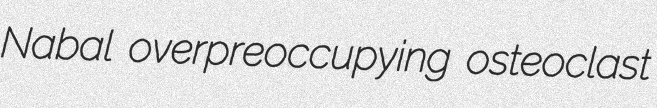
Nabal overpreoccupying osteoclast